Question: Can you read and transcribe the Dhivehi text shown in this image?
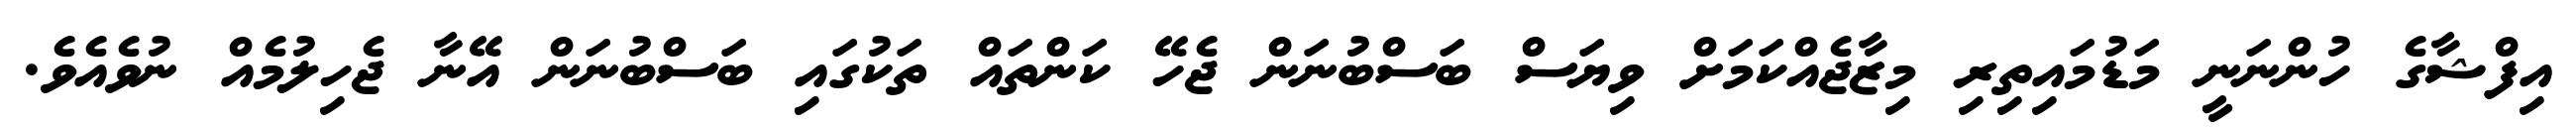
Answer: އިފްޝާގެ ހުންނަނީ މަޑުމައިތިރި މިޒާޖެއްކަމަށް ވިޔަސް ބަސްބުނަން ޖެހޭ ކަންތައް ތަކުގައި ބަސްބުނަން އޭނާ ޖެހިލުމެއް ނުވެއެވެ.